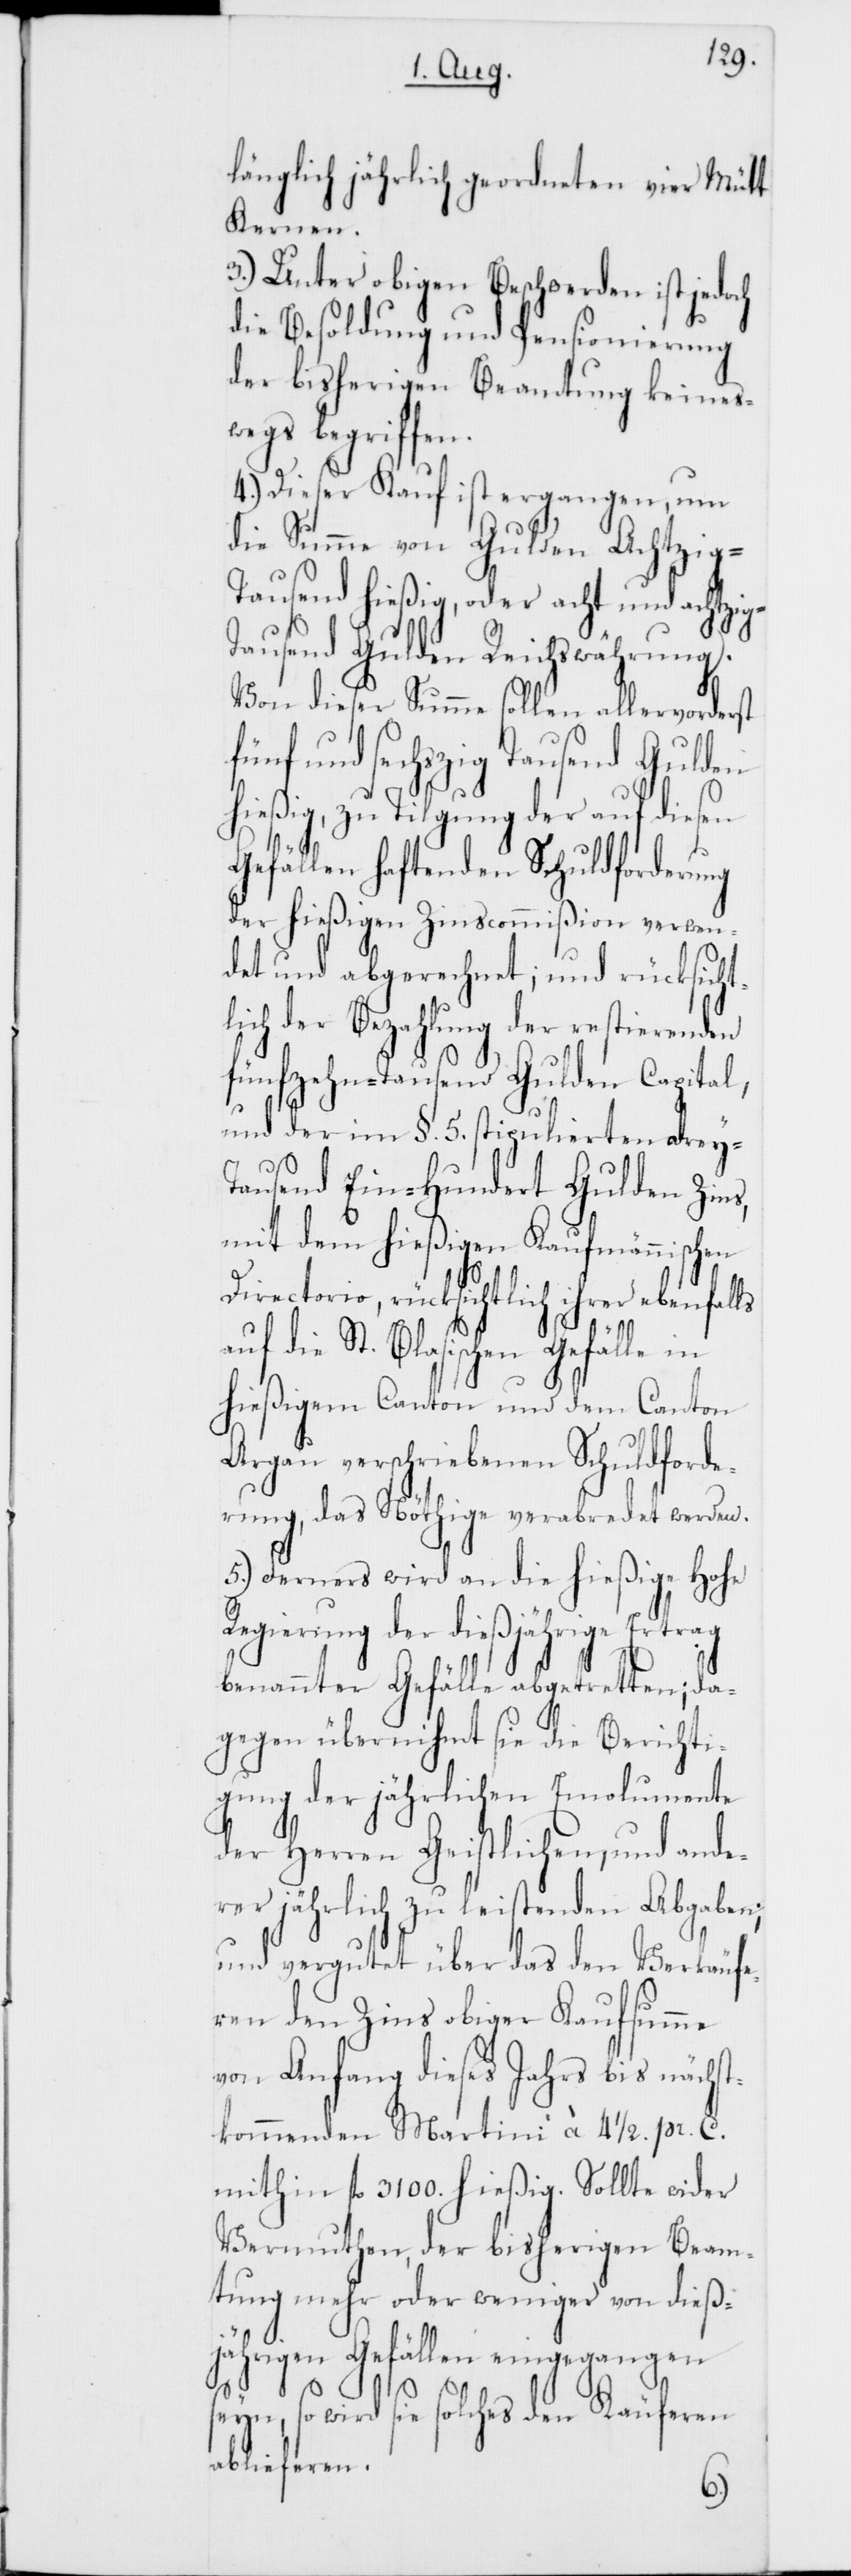
länglich jährlich geordneten vier Mütt
Kernen.
3.) Unter obigen Beschwerden ist jedoch
die Besoldung und Pensionierung
der bisherigen Beamtung keines¬
wegs begriffen.
4.) Dieser Kauf ist ergangen, um
die Summe von Gulden Achtzig-T¬
ausend hießig, oder acht und achtzi¬
g-T¬
ausend Gulden Reichswährung.
Von dieser Summe sollen allervorderst
fünf und sechszig Tausend Gulden
hießig, zu Tilgung der auf diesen
Zins,
Gefällen haftenden Schuldforderung
der hießigen Zinscommißion verwen¬
det und abgerechnet; und rücksichl¬
tich der Bezahlung der restierienden
fünfzehn-Tausend Gulden Capital,
und der im §. 5. stipulierten drey-T¬
mit dem hießigen Kaufmännischen
Directorio, rücksichtlich ihrer ebenfalls
auf die St. Blasischen Gefälle in
hießigem Canton und dem Canton
Argau verschriebenen Schuldforde¬
rung, das Nöthige verabredet werden.
5.) Ferners wird an die hießige Hohe
Regierung der dießjährige Ertrag
benannter Gefälle abgetretten; da¬
gegen übernimmt sie die Berichti¬
gung der jährlichen Emolumente
der Herren Geistlichen, und ande¬
rer jährlich zu leistenden Abgaben;
und vergutet über das den Verkäufe¬
ren den Zins obiger Kaufsumme
von Anfang dieses Jahrs bis nächst¬
kommenden Martini à 4 1/2 pr. C.
mithin fl. 3100. hießig. Sollte wider
Vermuthen, der bisherigen Beam¬
tung mehr oder weniger von dieß¬
jährigen Gefällen eingegangen
seyn, so wird sie solches den Käuferen
ablieferen.